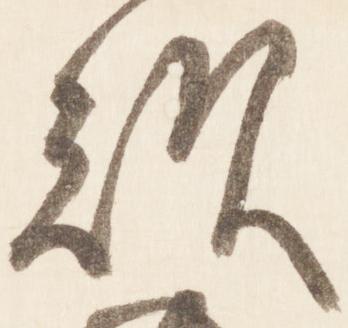
歎